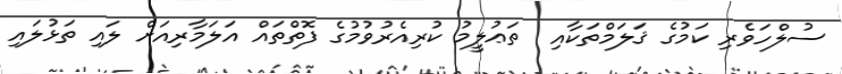
ސުލްހަވެރި ކަމުގެ ޤަލަމްތަކާއި  ތަޢުލީމު ކުރިއެރުވުމުގެ ފޮތްތައް އަލަމާރިއަށް ލައި ތަޅުލައި